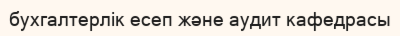
бухгалтерлік есеп және аудит кафедрасы